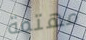
مهتمة